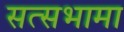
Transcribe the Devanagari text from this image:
सत्सभामा